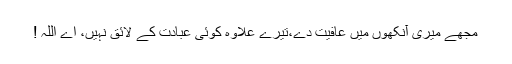
مجھے میری آنکھوں میں عافیت دے،تیرے علاوہ کوئی عبادت کے لائق نہیں، اے اللہ !